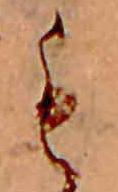
も